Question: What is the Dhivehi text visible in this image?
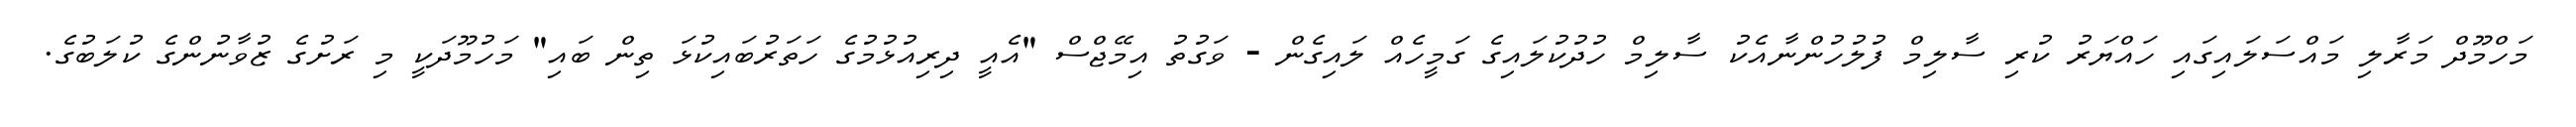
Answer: މަހްމޫދް މަރާލި މައްސަލައިގައި ހައްޔަރު ކުރި ސާލިމް ފުލުހުންނާއެކު ސާލިމް ހުދުކުލައިގެ ގަމީހެއް ލައިގެން - ވަގުތު އިމޭޖްސް "އެއީ ދިރިއުޅުމުގެ ހަތަރުބައިކުޅަ ތިން ބައި" މަހުމޫދަކީ މި ރަށުގެ ޒުވާނުންގެ ކުލަބުގެ.